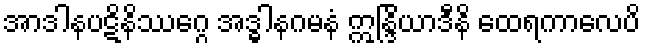
အာဒါနပဋိနိဿဂ္ဂေ အဒ္ဓါနဂမနံ ဣန္ဒြိယာဒီနိ ထေရကာလေပိ